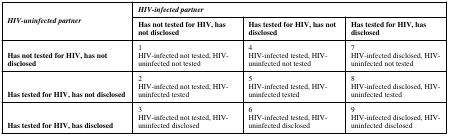
<table><thead><tr><td rowspan="2"><b><i>HIV-uninfected partner</i></b></td><td colspan="3"><b><i>HIV-infected partner</i></b></td></tr><tr><td><b>Has not tested for HIV, has not disclosed</b></td><td><b>Has tested for HIV, has not disclosed</b></td><td><b>Has tested for HIV, has disclosed</b></td></tr></thead><tbody><tr><td><b>Has not tested for HIV, has not disclosed</b></td><td>1HIV-infected not tested, HIV-uninfected not tested</td><td>4HIV-infected tested, HIV-uninfected not tested</td><td>7HIV-infected disclosed, HIV-uninfected not tested</td></tr><tr><td><b>Has tested for HIV, has not disclosed</b></td><td>2HIV-infected not tested, HIV-uninfected tested</td><td>5HIV-infected tested, HIV-uninfected tested</td><td>8HIV-infected disclosed, HIV-uninfected tested</td></tr><tr><td><b>Has tested for HIV, has disclosed</b></td><td>3HIV-infected not tested, HIV-uninfected disclosed</td><td>6HIV-infected tested, HIV-uninfected disclosed</td><td>9HIV-infected disclosed, HIV-uninfected disclosed</td></tr></tbody></table>